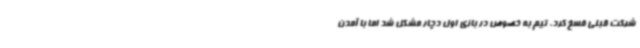
شرکت قبلی فسخ کرد، تیم به خصوص در بازی اول دچار مشکل شد اما با آمدن